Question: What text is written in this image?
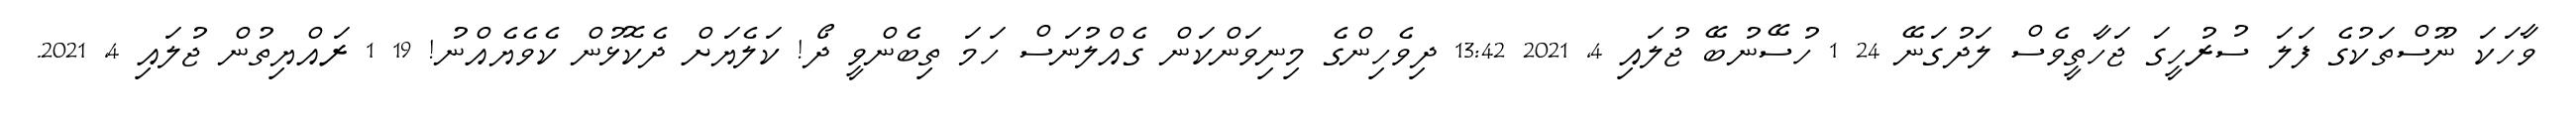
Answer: ވާހަކަ ނޫސްތަކުގެ ފަލަ ސުރުހީގަ ޖަހާތީވެސް ލަދުގަނޭ 24 1 ހުސޭނުބޭ ޖުލައި 4, 2021 13:42 ދިވެހިންގެ މިނިވަންކަން ގެއްލުނަސް ހަމަ ތިބެންވީ ދޯ! ކަލެޔަށް ދެކޮޅުން ކެވެޔެއްނު! 19 1 ރައްޔިތުން ޖުލައި 4, 2021.